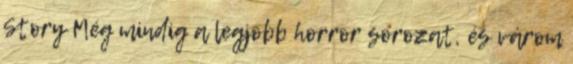
Story Még mindig a legjobb horror sorozat, és várom